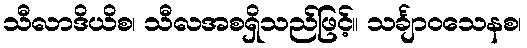
သီလာဒိယိစ၊ သီလအစရှိသည်ဖြင့်။ သင်္ချာဝသေနစ၊